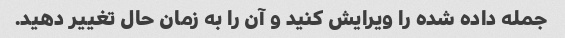
جمله داده شده را ویرایش کنید و آن را به زمان حال تغییر دهید.